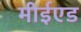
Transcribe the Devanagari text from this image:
मीईएड